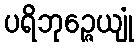
ပရိဘုဉ္ဇေယျုံ